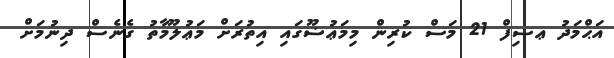
އަޙްމަދު ޢޞިފް 21 މަސް ކުރިން މިމަޢުޟޫގައި އިތުރަށް މަޢުލޫމާތު ގެނެސް ދިނުމަށް